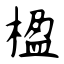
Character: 楹